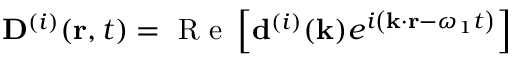
{ { \bf D } ^ { ( i ) } } ( { \bf r } , t ) = \mathrm { ~ R ~ e ~ } \left[ { { \bf d } ^ { ( i ) } } ( { \bf k } ) e ^ { i \left( { \bf k } \cdot { \bf r } - \omega _ { 1 } t \right) } \right]